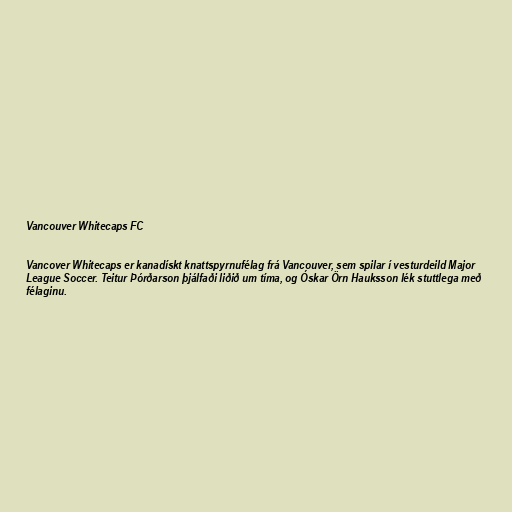
Vancouver Whitecaps FC

Vancover Whitecaps er kanadískt knattspyrnufélag frá Vancouver, sem spilar í vesturdeild Major
League Soccer. Teitur Þórðarson þjálfaði liðið um tíma, og Óskar Örn Hauksson lék stuttlega með
félaginu.